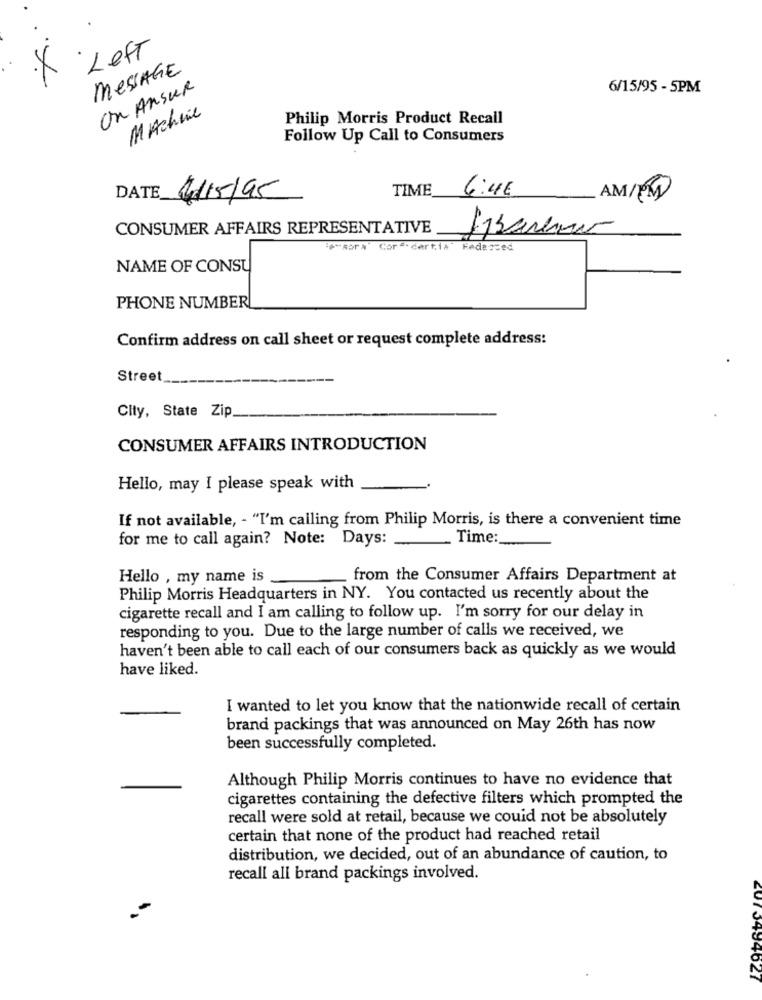
·Left
MESSAGE
On Ansur
6/15/95 - 5PM
Machine
Philip Morris Product Recall
Follow Up Call to Consumers
TIME
6:4€
DATE
4/15/95
AM/PM
CONSUMER AFFAIRS REPRESENTATIVE
"+"sor4 Cor". cert,iA"
Hede seed
NAME OF CONSU
PHONE NUMBER
Confirm address on call sheet or request complete address:
Street
City, State Zip
CONSUMER AFFAIRS INTRODUCTION
Hello, may I please speak with
If not available, - "I'm calling from Philip Morris, is there a convenient time
for me to call again? Note: Days: _
Time:
Hello , my name is
from the Consumer Affairs Department at
Philip Morris Headquarters in NY. You contacted us recently about the
cigarette recall and I am calling to follow up. I'm sorry for our delay in
responding to you. Due to the large number of calls we received, we
haven't been able to call each of our consumers back as quickly as we would
have liked.
I wanted to let you know that the nationwide recall of certain
brand packings that was announced on May 26th has now
been successfully completed.
Although Philip Morris continues to have no evidence that
cigarettes containing the defective filters which prompted the
recall were sold at retail, because we could not be absolutely
certain that none of the product had reached retail
distribution, we decided, out of an abundance of caution, to
recall all brand packings involved.
607 J494021